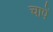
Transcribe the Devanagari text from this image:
चापें